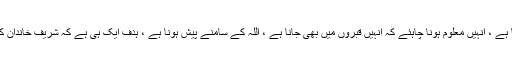
احتساب کرنے والوں کو اللہ کا خوف ختم ہو چکا ہے ، انہیں معلوم ہونا چاہئے کہ انہیں قبروں میں بھی جانا ہے ، اللہ کے سامنے پیش ہونا ہے ، ہدف ایک ہی ہے کہ شریف خاندان کے ساتھ ساتھ مجھے بھی نشانہ بنایا جا رہا ہے۔